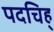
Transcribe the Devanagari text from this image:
पदचिह्